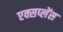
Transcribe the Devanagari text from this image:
एक्सप्लेंस